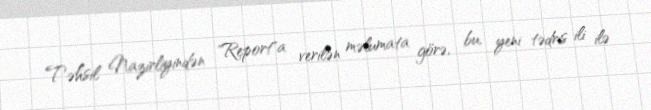
Təhsil Nazirliyindən "Report"a verilən məlumata görə, bu, yeni tədris ili ilə